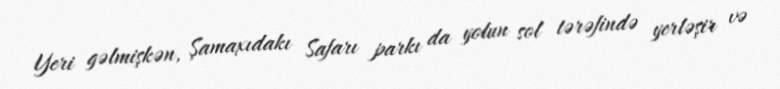
Yeri gəlmişkən, Şamaxıdakı Safarı parkı da yolun sol tərəfində yerləşir və